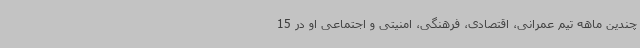
چندین ماهه تیم عمرانی، اقتصادی، فرهنگی، امنیتی و اجتماعی او در 15